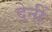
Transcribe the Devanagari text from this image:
देनीं